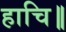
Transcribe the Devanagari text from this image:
हाचि॥